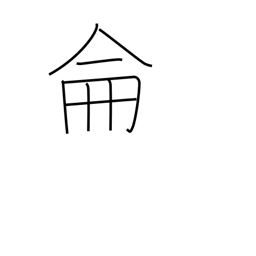
Meaning: be methodical